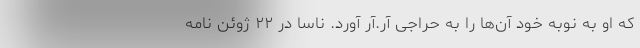
که او به نوبه خود آن‌ها را به حراجی آر.آر آورد. ناسا در ۲۲ ژوئن نامه